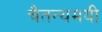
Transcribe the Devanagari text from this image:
चैतन्यमयी